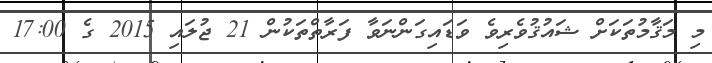
މި މަޤާމުތަކަށް ޝައުޤުވެރިވެ ވަޑައިގަންނަވާ ފަރާތްތަކުން 21 ޖުލައި 2015 ގެ 17:00